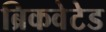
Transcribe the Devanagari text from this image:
ब्रिकवेटेड